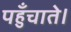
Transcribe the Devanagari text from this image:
पहुँचाते।